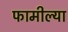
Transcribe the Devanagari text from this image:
फामील्या